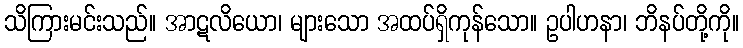
သိကြားမင်းသည်။ အာဋလိယော၊ များသော အထပ်ရှိကုန်သော။ ဥပါဟနာ၊ ဘိနပ်တို့ကို။